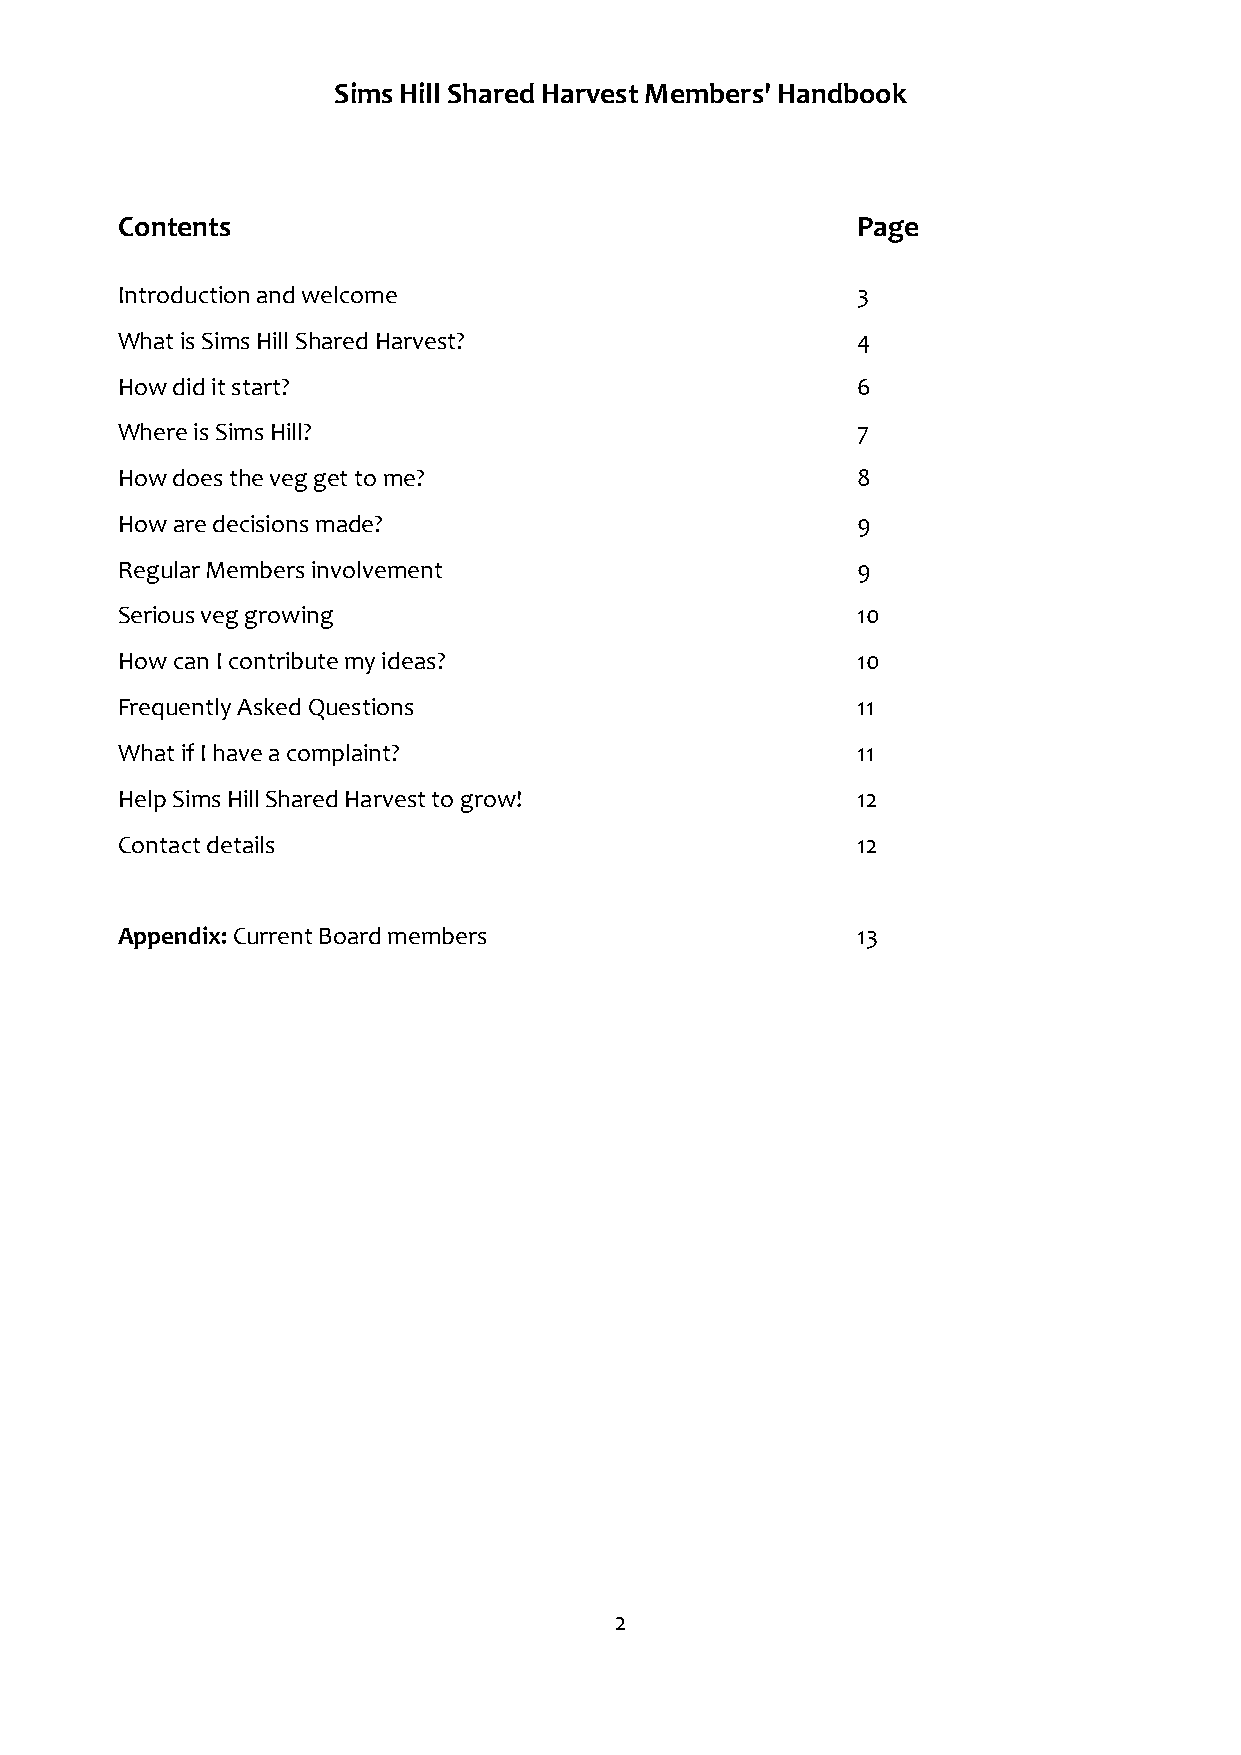
Sims Hill Shared Harvest Members' Handbook
 Contents                                         Page
 Introduction and welcome                         3
 What is Sims Hill Shared Harvest?                4
 How did it start?                                6
 Where is Sims Hill?                              7
 How does the veg get to me?                      8
 How are decisions made?                          9
 Regular Members involvement                      9
 Serious veg growing                              10
 How can I contribute my ideas?                   10
 Frequently Asked Questions                       11
 What if I have a complaint?                      11
 Help Sims Hill Shared Harvest to grow!           12
 Contact details                                  12
 Appendix: Current Board members                  13
 2